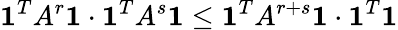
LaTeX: \mathbf{1}^{T}A^{r}\mathbf{1}\cdot\mathbf{1}^{T}A^{s}\mathbf{1}\leq\mathbf{1}^{T}A^{r+s}\mathbf{1}\cdot\mathbf{1}^{T}\mathbf{1}